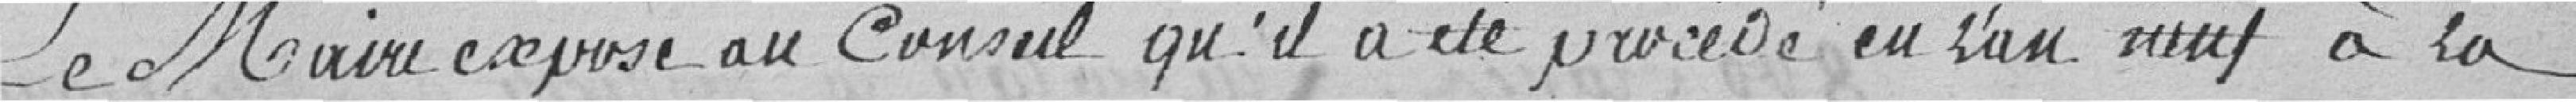
Le Maire expose au Conseil qu'il a été procédé en l'an neuf à la